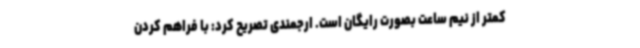
کمتر از نیم ساعت بصورت رایگان است. ارجمندی تصریح کرد: با فراهم کردن